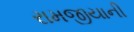
રામજીયાની